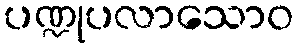
ပဏ္ဍုပလာသောဝ